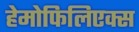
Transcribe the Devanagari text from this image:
हेमोफिलिएक्स